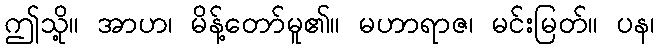
ဤသို့။ အာဟ၊ မိန့်တော်မူ၏။ မဟာရာဇ၊ မင်းမြတ်။ ပန၊